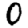
Digit: 0